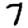
Digit: 7